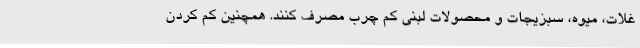
غلات، میوه، سبزیجات و محصولات لبنی کم چرب مصرف کنند. همچنین کم کردن